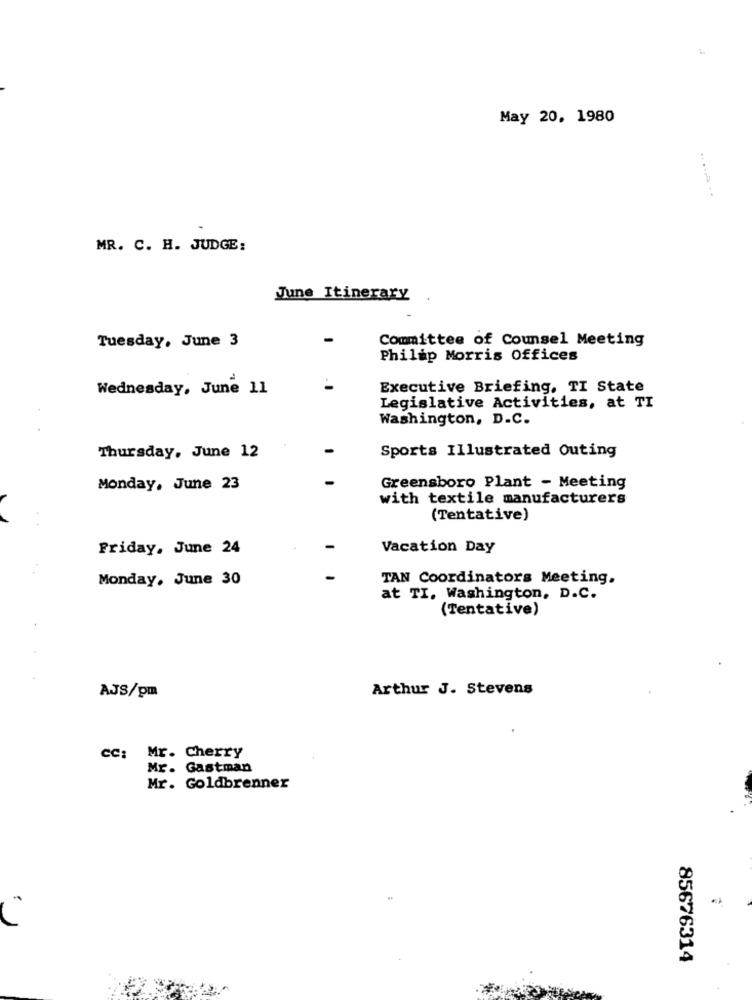
May 20, 1980
MR. C. H. JUDGE:
June Itinerary
Tuesday, June 3
Committee of Counsel Meeting
Philip Morris Offices
Wednesday, June 11
Executive Briefing, TI State
Legislative Activities, at TI
Washington, D.C.
Sports Illustrated Outing
Thursday, June 12
Monday, June 23
Greensboro Plant - Meeting
with textile manufacturers
(Tentative)
Friday, June 24
Vacation Day
Monday, June 30
TAN Coordinators Meeting.
at TI. Washington, D.C.
(Tentative)
Arthur J. Stevens
AJS/pm
cc: Mr. Cherry
Mr. Gastman
Mr. Goldbrenner
85676314